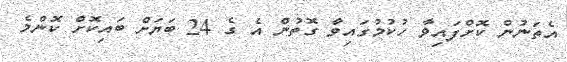
އެތަނުން ކޮށްފައިވާ ހުކުމުގައިވާ ގޮތުން އެ ގެ 24 ބަޔަށް ބައިކޮށް ކޮންމެ